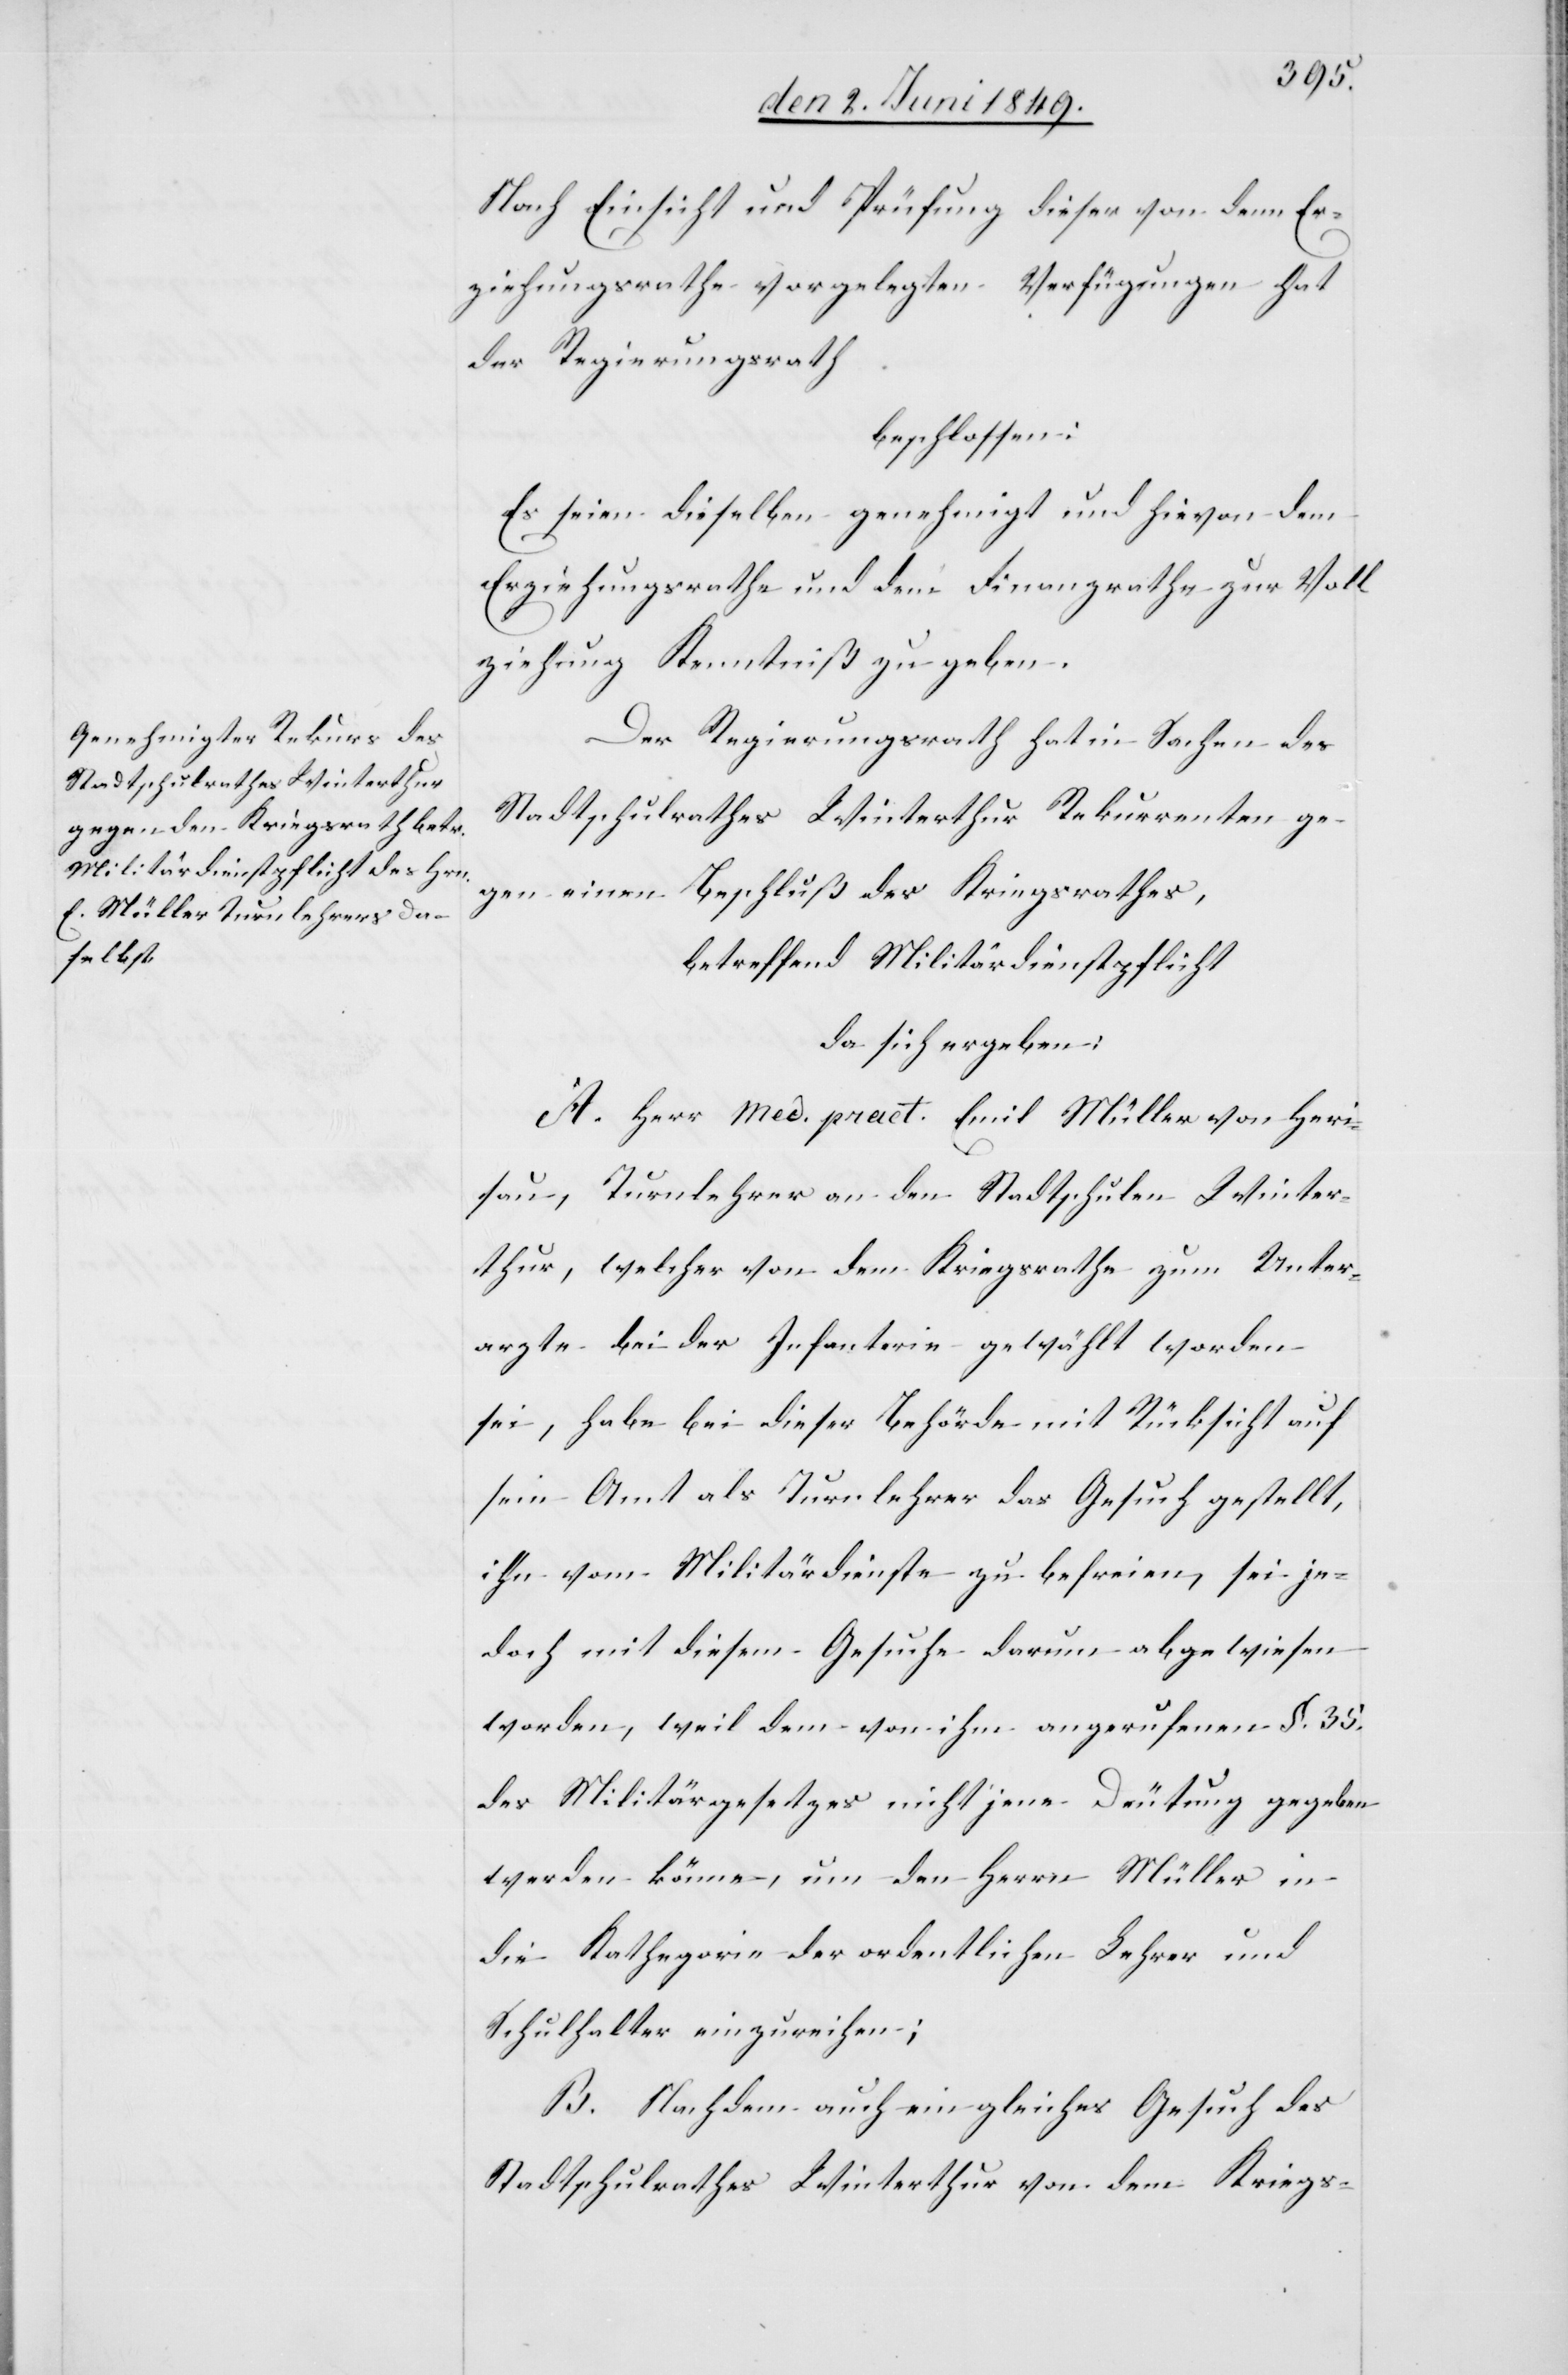
Nach Einsicht und Prüfung dieser von dem Er¬
ziehungsrathe vorgelegten Verfügungen hat
der Regierungsrath
beschlossen:
Es seien dieselben genehmigt und hievon dem
Erziehungsrathe und dem Finanzrathe zur Voll¬
ziehung Kenntniß zu geben.
Der Regierungsrath hat in Sachen des
Stadtschulrathes Winterthur Rekurrenten ge¬
gen einen Beschluß des Kriegsrathes,
betreffend Militärdienstpflicht
da sich ergeben:
A. Herr med. pract. Emil Müller von Heri¬
sau, Turnlehrer an den Stadtschulen Winter¬
thur, welcher von dem Kriegsrathe zum Unter¬
arzte bei der Infanterie gewählt worden
sei, habe bei dieser Behörde mit Rücksicht auf
sein Amt als Turnlehrer das Gesuch gestellt,
ihn vom Militärdienste zu befreien, sei je¬
doch mit diesem Gesuche darum abgewiesen
worden, weil dem von ihm angerufenen §. 35.
des Militärgesetzes nicht jene Deutung gegeben
werden könne, um den Herrn Müller in
die Kathegorie der ordentlichen Lehrer und
Schulhalter einzureihen;
B. Nachdem auch ein gleiches Gesuch des
Stadtschulrathes Winterthur von dem Kriegs-